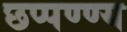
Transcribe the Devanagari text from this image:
छप्पण्ण्य